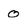
Character: o